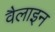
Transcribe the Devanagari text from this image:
वैलाइन